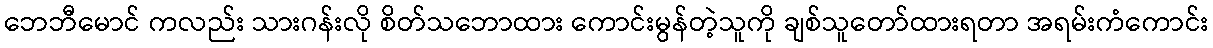
ဘေဘီမောင် ကလည်း သားဂန်းလို စိတ်သဘောထား ကောင်းမွန်တဲ့သူကို ချစ်သူတော်ထားရတာ အရမ်းကံကောင်း